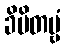
ခိပိတဗ္ဗံ